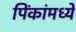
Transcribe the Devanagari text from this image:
पिंकांमध्ये